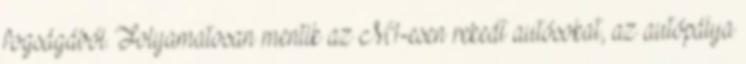
fogságából. Folyamatosan mentik az M1-esen rekedt autósokat, az autópálya